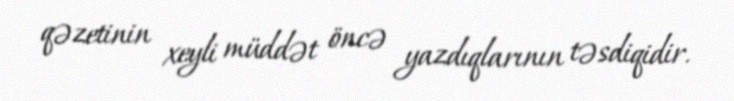
qəzetinin xeyli müddət öncə yazdıqlarının təsdiqidir.